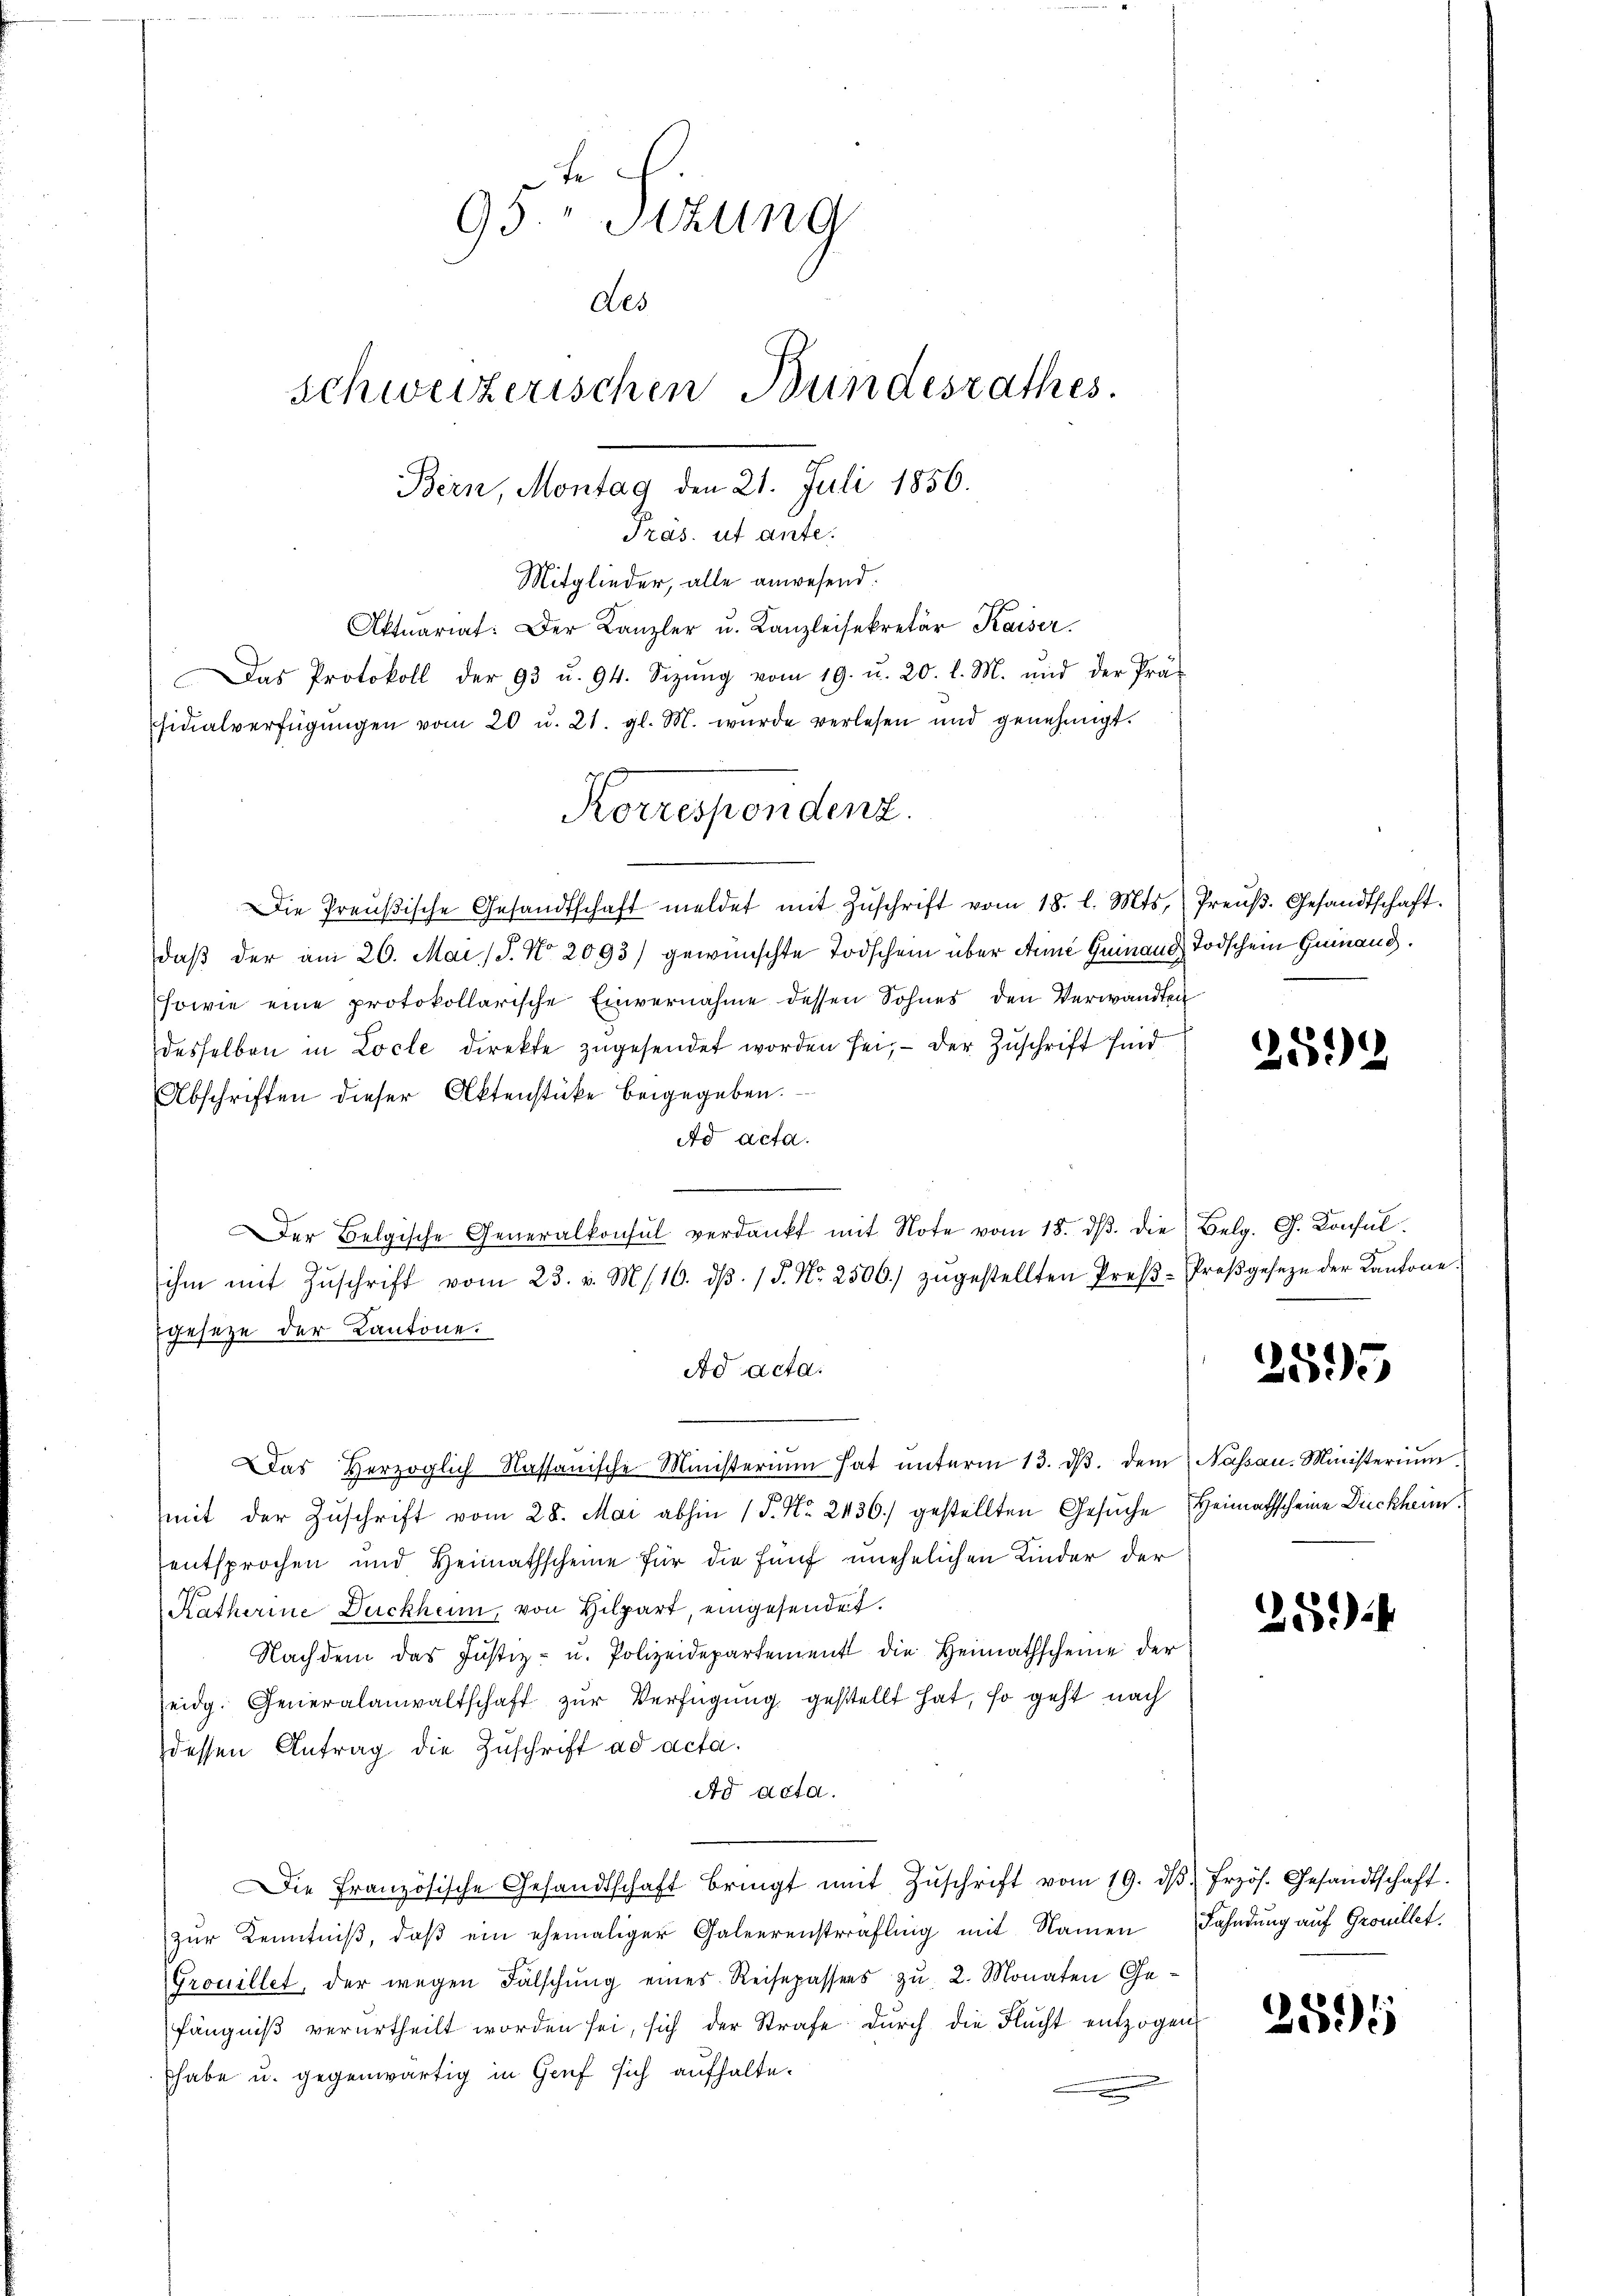
te
95 Stzung
Des
schweizerischen Bundesrathes.
Bern, Montag den 21. Juli 1856.

Pras. ut ante.
Mitglieder, alle anwesend:
Aktuariat: Der Kanzler u. Kanzleisekretär Kaiser.
Das Protokoll der 93 u. 94. Sizŭng vom 19. u. 20. l. M. und der Prä-
Fidialverfügungen vom 20 u. 21. gl. M. wurde verlesen und genehmigt.
Die Preŭβische Gesandtschaft meldet mit Zŭschrift vom 18. l. Mts. Preŭβ. Gesandtschaft.
daß der am 26. Mai (S. Nr. 2093) gewünschte Todschein über Meine Guinaud Todschein Geinand.
sowie eine protokollarische Einvernahme dessen Sohnes den Verwandten
desselben in Locle direkte zŭgesendet worden sei, - der Zuschrift sind
Abschriften dieser Aktenstücke beigegeben.
Ad acta.
Der Belgische Generalkonsul verdankt mit Note vom 18. dβ. die Belg. G. Konsulihm mit Zŭschrift vom 23. v. Ms. 16. dβ. / P. Nr. 2500. zŭgestellten Preβ-Proβgeseze der Kantone.
gesetze der Kantone.
Ad acta.
Das Herzoglich Kassauische Ministerium hat ŭnterm 13. dβ. dem Nassau. Ministerium.
mit der Zuschrift vom 28. Mai abhin 1 S. Nr. 2436. gestellten Gesuche Heimathscheine Dickheim
entsprochen und Heimathscheine für die fünf unehelichen Kinder der
Ratherine Duckhein, von Hilpart, eingesendet.
Nachdem das Justiz- u. Polizeidepartement die Heimathscheine der
eidg. Generalanwaltschaft zŭr Verfügung gestellt hat, so geht nach
dessen Antrag die Zuschrift ad acta.
Ad acta.
Die Französische Gesandtschaft bringt mit Zŭschrift vom 19. dβ frzös. Gesandtschaft.
zŭr Kenntniβ, daβ ein ehemaliger Galeerenstrafling mit Namen Fahndung auf Grouillet,
Grouillet, der wegen Fälschŭng eines Reisepassers zŭ, 2. Monaten Ge-
fängniβ verurtheilt worden sei, sich der Strafe dŭrch die Flŭcht entzogen
habe u. gegenwärtig in Genf sich aufhalte.

Korrespondenz.

2599

2595

25.)

2596